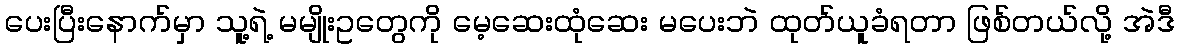
ပေးပြီးနောက်မှာ သူ့ရဲ့ မမျိုးဥတွေကို မေ့ဆေးထုံဆေး မပေးဘဲ ထုတ်ယူခံရတာ ဖြစ်တယ်လို့ အဲဒီ